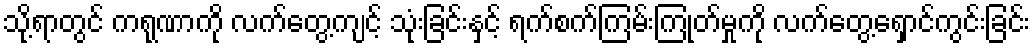
သို့ရာတွင် ကရုဏာကို လက်တွေ့ကျင့် သုံးခြင်းနှင့် ရက်စက်ကြမ်းကြုတ်မှုကို လက်တွေ့ရှောင်ကွင်းခြင်း